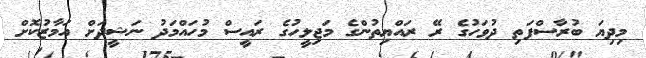
މިދިޔަ ބުރާސްފަތި ދުވަހުގެ ރޭ ރައްޔިތުންގެ މަޖިލީހުގެ ރައީސް މުހައްމަދު ނަޝީދަށް އަމާޒުކޮށް